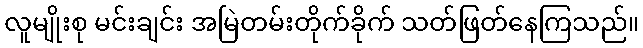
လူမျိုးစု မင်းချင်း အမြဲတမ်းတိုက်ခိုက် သတ်ဖြတ်နေကြသည်။